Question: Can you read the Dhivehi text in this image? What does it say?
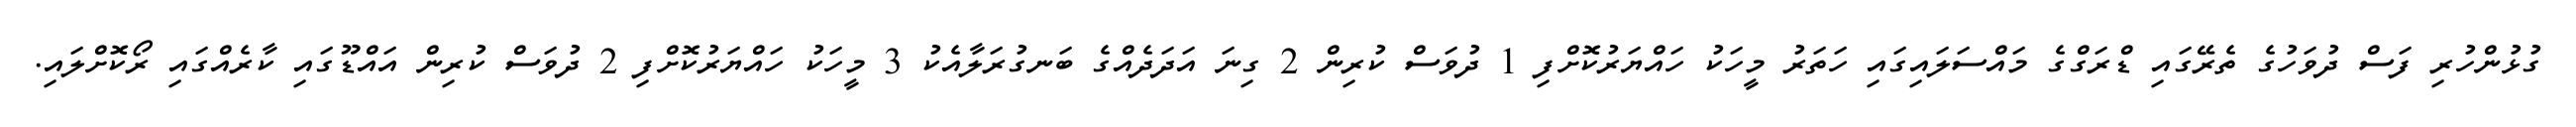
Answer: ގުޅުންހުރި ފަސް ދުވަހުގެ ތެރޭގައި ޑްރަގްގެ މައްސަލައިގައި ހަތަރު މީހަކު ހައްޔަރުކޮށްފި 1 ދުވަސް ކުރިން 2 ގިނަ އަދަދެއްގެ ބަނގުރަލާއެކު 3 މީހަކު ހައްޔަރުކޮށްފި 2 ދުވަސް ކުރިން އައްޑޫގައި ކާރެއްގައި ރޯކޮށްލައި.